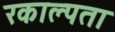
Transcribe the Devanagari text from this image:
रकाल्पता